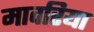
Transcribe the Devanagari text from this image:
मावरिया